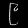
Digit: ၉